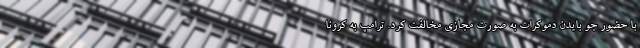
با حضور جو بایدن دموکرات به صورت مجازی مخالفت کرد. ترامپ به کرونا